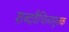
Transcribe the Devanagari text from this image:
शब्दवैचित्र्यमूलक